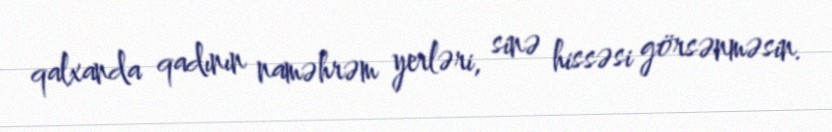
qalxanda qadının naməhrəm yerləri, sinə hissəsi görsənməsin.